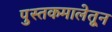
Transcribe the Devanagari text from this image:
पुस्तकमालेतून